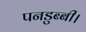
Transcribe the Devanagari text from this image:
पनडुब्‍बी।